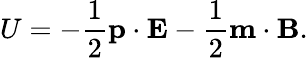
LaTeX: U=-\frac{1}{2}\mathbf p\cdot\mathbf E-\frac{1}{2}\mathbf m\cdot\mathbf B.